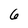
Character: 6